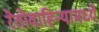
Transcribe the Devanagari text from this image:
रेतोवाहिन्यामध्ये